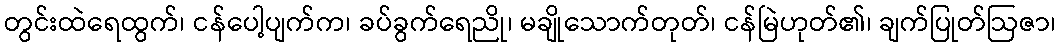
တွင်းထဲရေထွက်၊ ငန်ပေါ့ပျက်က၊ ခပ်ခွက်ရေညို၊ မချိုသောက်တုတ်၊ ငန်မြဲဟုတ်၏၊ ချက်ပြုတ်ဩဇာ၊